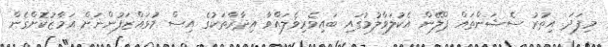
މިފަދަ އިތުރު ސެޝަންތައް ޕްލޭން އެކުލަވާލުމުގައި ބައިވެރިވެލައްވާ އިދާރާތަކުގެ އިސް މުވައްޒަފުންނަށް އަމާޒުކޮށްގެން